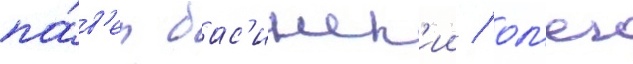
па́в'ел бас'инск'ии / ол'ег